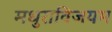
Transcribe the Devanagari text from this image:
मधुराविजयम